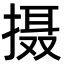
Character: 摄